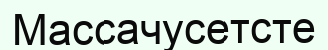
Массачусетсте